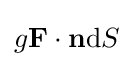
g\mathbf {F} \cdot \mathbf {n} \mathrm {d} S